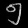
Digit: ၅